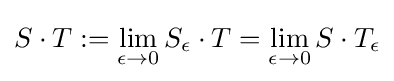
S\cdot T:=\lim _{\epsilon \to 0}S_{\epsilon }\cdot T=\lim _{\epsilon \to 0}S\cdot T_{\epsilon }